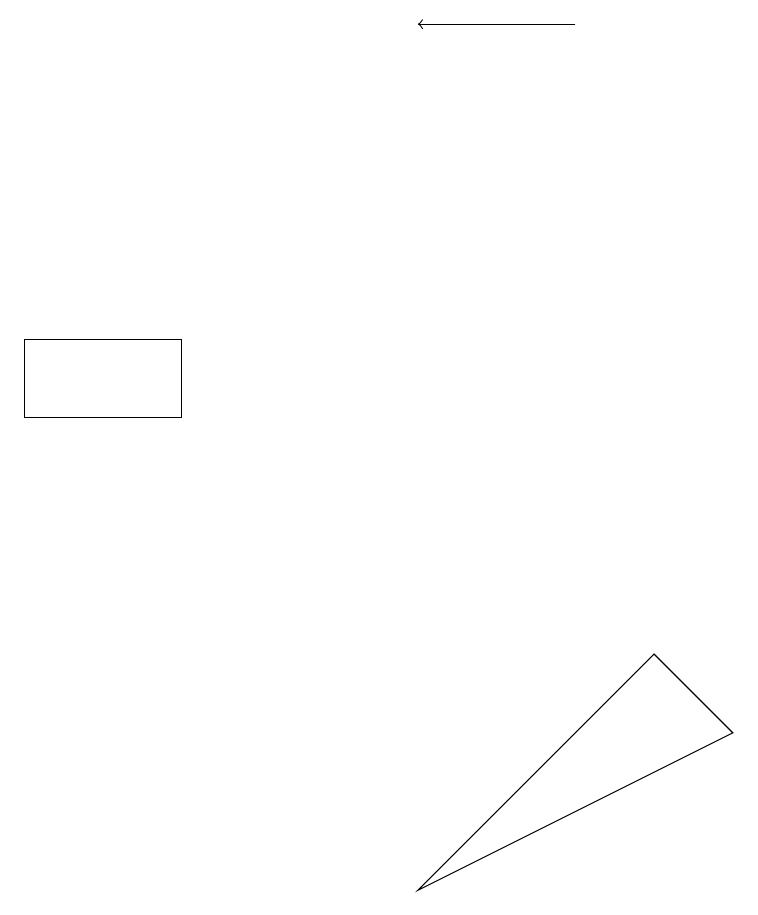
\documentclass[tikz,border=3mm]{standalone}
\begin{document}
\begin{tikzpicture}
\draw[->] (7,15) -- (5,15);
\draw (2,11) rectangle (0,10);
\draw (8,7) -- (5,4) -- (9,6) -- cycle;
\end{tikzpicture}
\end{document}